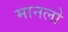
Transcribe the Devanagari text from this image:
मानलो